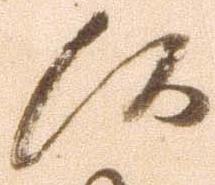
候